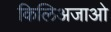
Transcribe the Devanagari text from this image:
किलिअजाओ